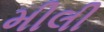
મીલી